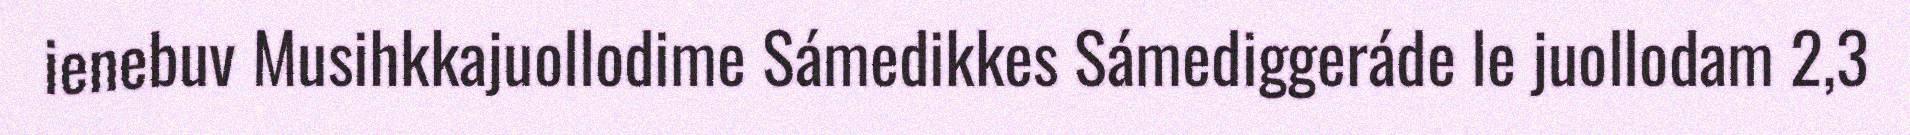
ienebuv Musihkkajuollodime Sámedikkes Sámediggeráde le juollodam 2,3